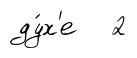
ду́х'е 2